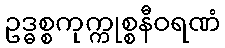
ဥဒ္ဓစ္စကုက္ကုစ္စနီဝရဏံ